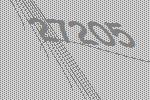
27205